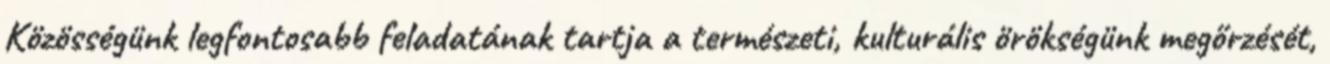
Közösségünk legfontosabb feladatának tartja a természeti, kulturális örökségünk megőrzését,